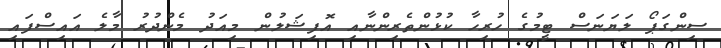
ސިންގަޕޯ ލަޔަނަސް ޓީމުގެ ހުރިހާ ކުޅުންތެރިންނާއި އޮފިޝަލުން މިއަދު މެންދުރު މާލެ އައިސްފައި